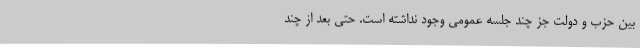
بین حزب و دولت جز چند جلسه عمومی وجود نداشته است. حتی بعد از چند